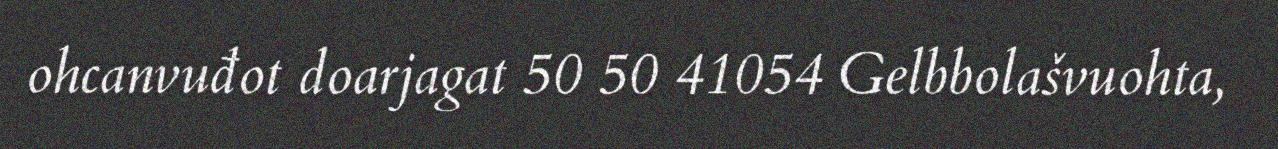
ohcanvuđot doarjagat 50 50 41054 Gelbbolašvuohta,